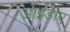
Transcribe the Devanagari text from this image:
आइडीए